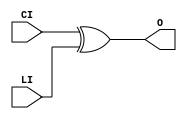
///////////////////////////////////////////////////////////////////////////////
// Copyright (c) 1995/2015 Xilinx, Inc.
// All Right Reserved.
///////////////////////////////////////////////////////////////////////////////
//   ____  ____
//  /   /\/   /
// /___/  \  /    Vendor : Xilinx
// \   \   \/     Version : 2015.4
//  \   \         Description : Xilinx Formal Library Component
//  /   /                  XOR for carry logic
// /___/   /\     Filename : XORCY
// \   \  /  \
//  \___\/\___\
//
///////////////////////////////////////////////////////////////////////////////
// Revision:
//    04/01/08 - Initial version.
// End Revision
///////////////////////////////////////////////////////////////////////////////

`timescale  1 ps / 1 ps

`celldefine

module XORCY (O, CI, LI);

`ifdef XIL_TIMING //Simprim
 
  parameter LOC = "UNPLACED";

`endif

    output O;

    input  CI, LI;

  xor X1 (O, CI, LI);

endmodule

`endcelldefine